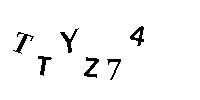
TTYZ74